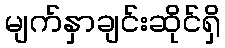
မျက်နှာချင်းဆိုင်ရှိ